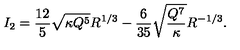
I _ { 2 } = \frac { 1 2 } { 5 } \sqrt { \kappa Q ^ { 5 } } R ^ { 1 / 3 } - \frac { 6 } { 3 5 } \sqrt { \frac { Q ^ { 7 } } { \kappa } } R ^ { - 1 / 3 } .